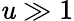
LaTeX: \mathit{u}\gg1